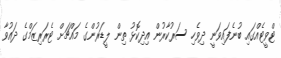
ޓްވީޓެއްގައި ބުނެފައިވަނީ ދިވެހި ސަރުކާރުން އިދިކޮޅު ތިން ލީޑަރުންގެ މައްޗަށް ޓެރަރިޒަމްގެ ދައުވާ